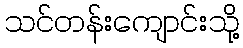
သင်တန်းကျောင်းသို့